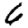
Digit: 6